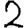
Digit: 2